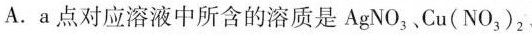
A.a点对应溶液中所含的溶质是AgNO_{3}、Cu(NO_{3})_{2}、